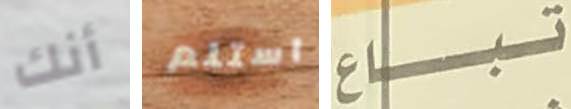
أنك استلم تباع